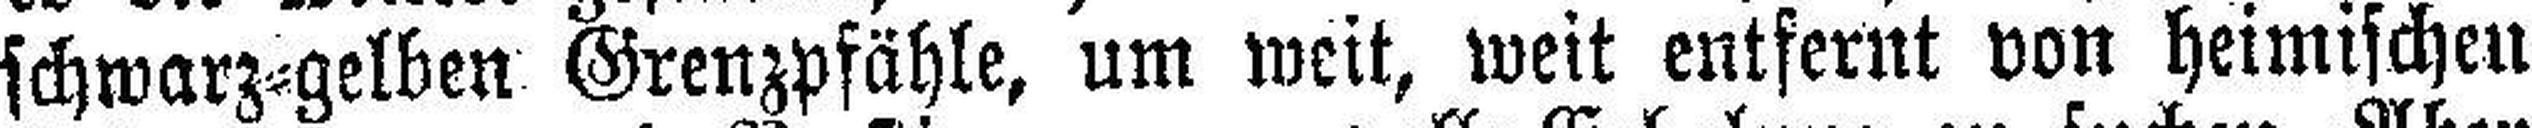
schwarz=gelben Grenzpfähle, um weit, weit entfernt von heimischen